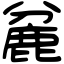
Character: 麄